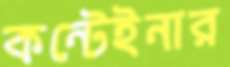
কন্টেইনার